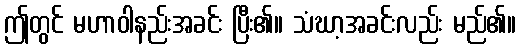
ဤတွင် မဟာဝါနည်းအခင်း ပြီး၏။ သံဃာ့အခင်းလည်း မည်၏။